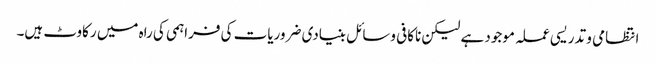
انتظامی و تدریسی عملہ موجود ہے لیکن ناکافی وسائل بنیادی ضروریات کی فراہمی کی راہ میں رکاوٹ ہیں۔